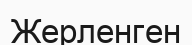
Жерленген